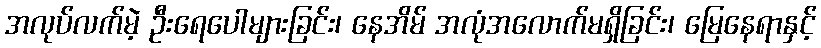
အလုပ်လက်မဲ့ ဦးရေပေါများခြင်း၊ နေအိမ် အလုံအလောက်မရှိခြင်း၊ မြေနေရာနှင့်